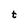
Character: t